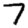
Digit: 7